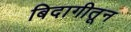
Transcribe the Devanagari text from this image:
बिदागीतून